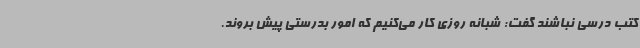
کتب درسی نباشند گفت: شبانه روزی کار می‌کنیم که امور بدرستی پیش بروند.